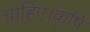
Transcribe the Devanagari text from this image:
चाहिए।कृषि